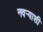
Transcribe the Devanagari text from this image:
नवर्‍याशी